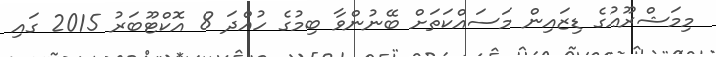
މިމަޝްރޫޢުގެ ޑިޒައިން މަސައްކަތަށް ބޭނުންވާ ބިމުގެ ހުއްދަ 8 އޮކްޓޫބަރު 2015 ގައި